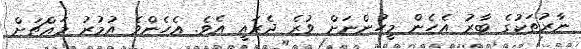
ނާރުތަކުގެ ބާރު އެހެން މީހުންނަށް ވުރެ ދެރައީ އެވެ. އެހެންވެ އުމުރު މައްޗަށް